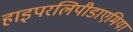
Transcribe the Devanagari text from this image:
हाइपरलिपीडाएमिया